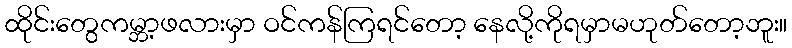
ထိုင်းတွေကမ္ဘာ့ဖလားမှာ ဝင်ကန်ကြရင်တော့ နေလို့ကိုရမှာမဟုတ်တော့ဘူး။